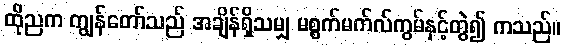
ထိုညက ကျွန်တော်သည် အချိန်ရှိသမျှ မစ္စက်မက်လ်ကွမ်နှင့်တွဲ၍ ကသည်။